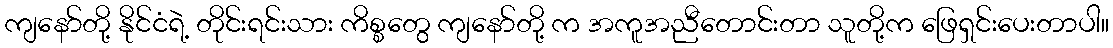
ကျနော်တို့ နိုင်ငံရဲ့ တိုင်းရင်းသား ကိစ္စတွေ ကျနော်တို့ က အကူအညီတောင်းတာ သူတို့က ဖြေရှင်းပေးတာပါ။